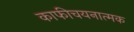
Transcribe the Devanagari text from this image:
काफीचयनात्मक